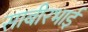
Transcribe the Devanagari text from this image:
साबीरभाई